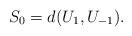
LaTeX: \begin{align*}S_{0}=d(U_{1},U_{-1}).\end{align*}